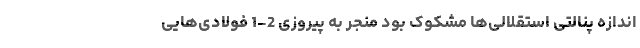
اندازه پنالتی استقلالی‌ها مشکوک بود منجر به پیروزی 2-1 فولادی‌هایی